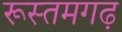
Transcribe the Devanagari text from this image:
रूस्तमगढ़